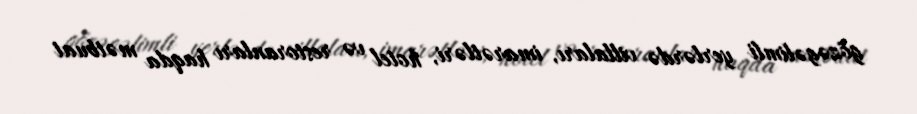
gözəgəlimli yerlərdə villaları, imarətləri, hotel və restoranları haqda mətbuat